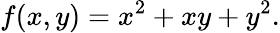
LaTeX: f(x,y)=x^{2}+xy+y^{2}.